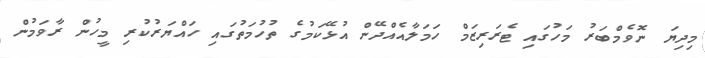
މިދިޔަ ނޮވެމްބަރު މަހުގައި ޓެރަރިޒަމް ހަމަލާއެއްދޭން އުޅޭކަމުގެ ތުހުމަތުގައި ހައްޔަރުކުރި މީހުން ރާވަމުން